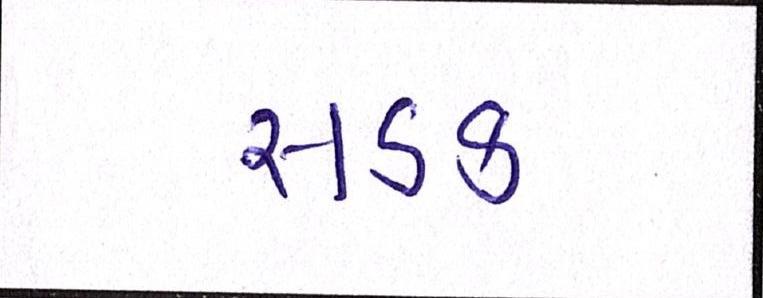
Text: સડક